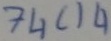
Text: 74C14